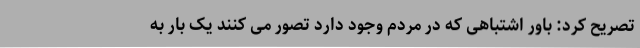
تصریح کرد: باور اشتباهی که در مردم وجود دارد تصور می کنند یک بار به